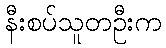
နီးစပ်သူတဦးက